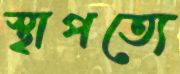
স্থাপত্যে